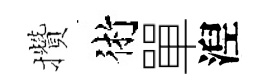
攢術單湼